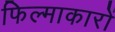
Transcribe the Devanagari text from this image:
फिल्माकारों